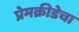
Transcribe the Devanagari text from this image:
प्रेमक्रीडेचा